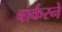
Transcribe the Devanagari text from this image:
बार्करने